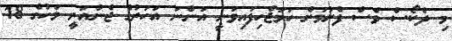
މި ދެކޯސް ވެސް ފެށުމަށް ހަމަޖެހިފައިވަނީ އަންނަ އަހަރުގެ ޖެނުއަރީ މަހުގެ 18